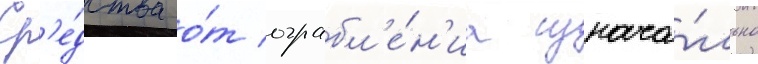
Ср'е́дства о́т ограбл'е́н'иа изнача́льно